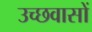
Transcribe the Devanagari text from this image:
उच्छवासों